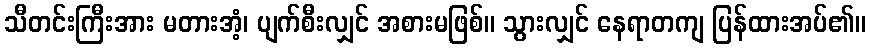
သီတင်းကြီးအား မတားအံ့၊ ပျက်စီးလျှင် အစားမဖြစ်။ သွားလျှင် နေရာတကျ ပြန်ထားအပ်၏။